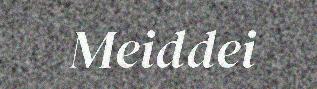
Meiddei